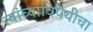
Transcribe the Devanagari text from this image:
त्यांच्याविषयीचा